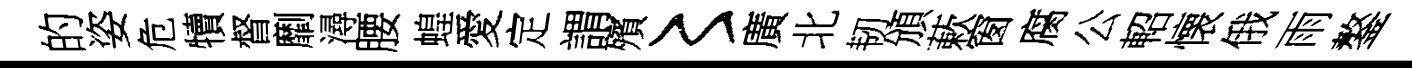
的姿危犢督劘潯腰蝗愛定謂殯〻廣北韧頒蔌窗腐公軺懐俄雨鏊